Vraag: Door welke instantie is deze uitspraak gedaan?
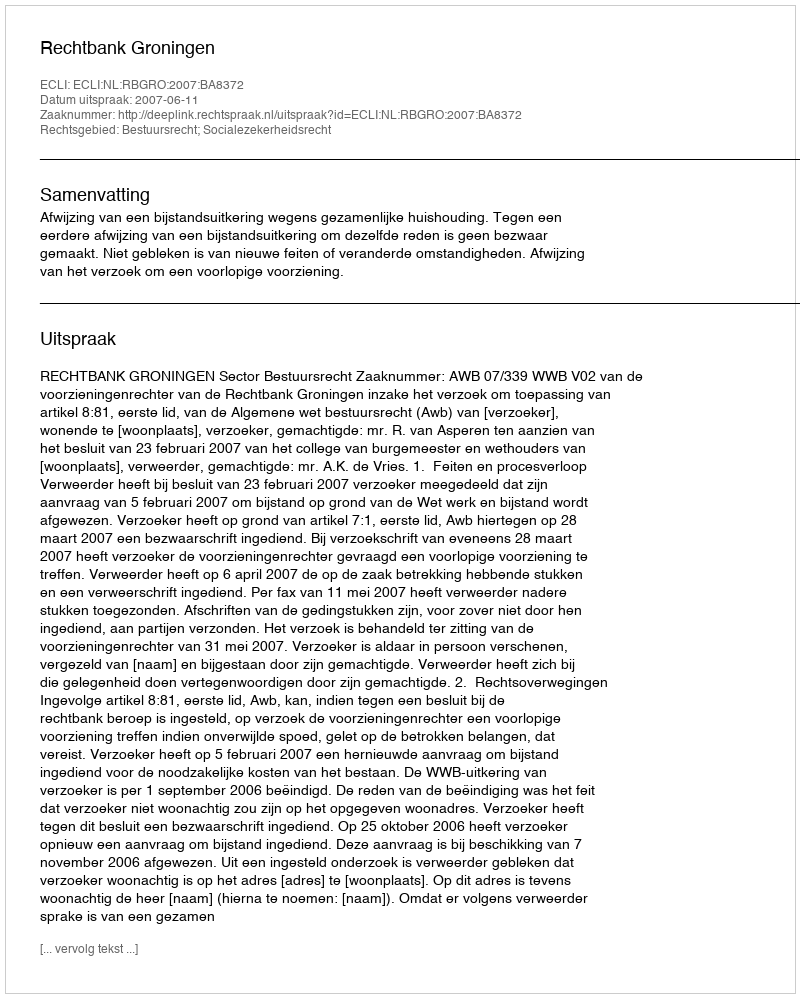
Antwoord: Rechtbank Groningen